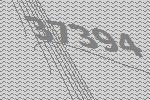
37394